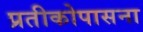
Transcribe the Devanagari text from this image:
प्रतीकोपासना